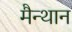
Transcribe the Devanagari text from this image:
मैन्थान